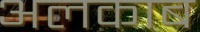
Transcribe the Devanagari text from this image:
अलकाब